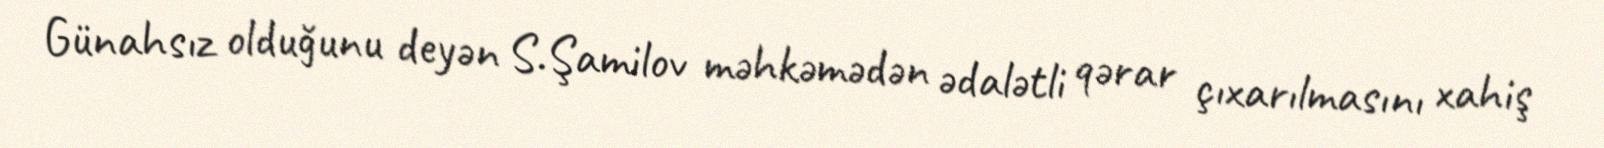
Günahsız olduğunu deyən S.Şamilov məhkəmədən ədalətli qərar çıxarılmasını xahiş